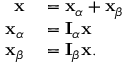
\begin{array} { r l } { \mathbf { x } } & { { } = \mathbf { x } _ { \alpha } + \mathbf { x } _ { \beta } } \\ { \mathbf { x } _ { \alpha } } & { { } = \mathbf { I } _ { \alpha } \mathbf { x } } \\ { \mathbf { x } _ { \beta } } & { { } = \mathbf { I } _ { \beta } \mathbf { x } . } \end{array}